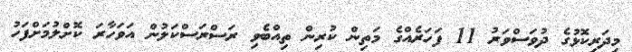
މިދަރިކޮޅުގެ ދުވަސްވަރު 11 ފަހަރެއްގެ މަތިން ކުރިން ތިއްބެވި ރަސްރަސްކަލުން އަވަހާރަ ކޮށްލުމަށްފަހު